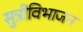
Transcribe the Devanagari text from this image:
सुत्रीविभाजन